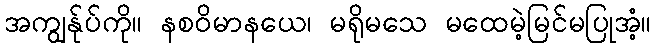
အကျွန်ုပ်ကို။ နစဝိမာနယေ၊ မရိုမသေ မထေမဲ့မြင်မပြုအံ့။